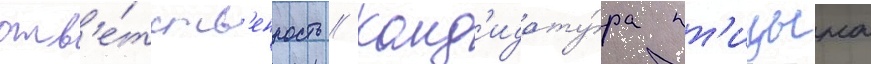
отв'е́тств'енность // Канд'идату́ра пт'ицына